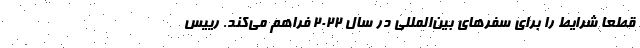
قطعا شرایط را برای سفرهای بین‌المللی در سال ۲۰۲۲ فراهم می‌کند. رییس